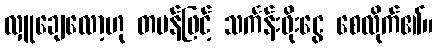
လှူချေလော့ဟု တမန်ဖြင့် သင်္ကန်းဖိုးငွေ စေလိုက်၏။